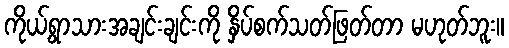
ကိုယ့်ရွာသားအချင်းချင်းကို နှိပ်စက်သတ်ဖြတ်တာ မဟုတ်ဘူး။